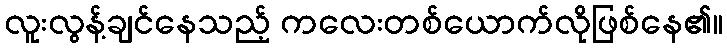
လူးလွန့်ချင်နေသည့် ကလေးတစ်ယောက်လိုဖြစ်နေ၏။